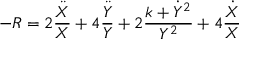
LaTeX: - R = 2 \frac { \ddot { X } } X + 4 \frac { \ddot { Y } } Y + 2 \frac { k + \dot { Y } ^ { 2 } } { Y ^ { 2 } } + 4 \frac { \dot { X } } X